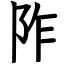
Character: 阼